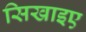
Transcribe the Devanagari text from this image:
सिखाइए